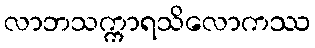
လာဘသက္ကာရသိလောကဿ